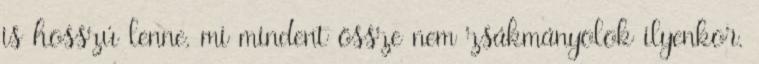
is hosszú lenne, mi mindent össze nem zsákmányolok ilyenkor.